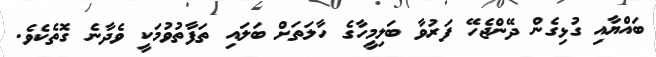
ބައްޔާއި ގުޅިގެން ދޭންޖެހޭ ފަރުވާ ބަލިމީހާގެ ހާލަތަށް ބަލައި ތަފާތުވުމަކީ ވެދާނެ ގޮތެކެވެ.